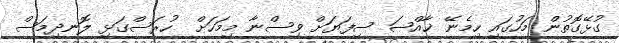
ގުޅޭގޮތުން މަހުގައި ހިމެނޭ ޚާއްޞަ ސިފަޔަށް ވިސްނާ މިމަހަށް  ހުރަސްގަޅި ލޮނދިމަސް